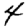
Digit: 4